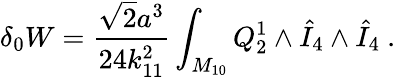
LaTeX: \delta_{0}W={\frac{\sqrt 2a^{3}}{24k_{11}^{2}}}\int_{M_{10}}Q_{2}^{1}\wedge{\hat{I}}_{4}\wedge{\hat{I}}_{4}\ .